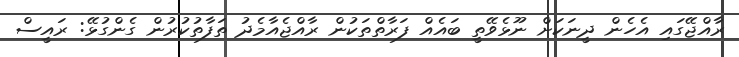
ރާއްޖޭގައި އެހެން ދީނަކަށް ނޫޅެވޭތީ ބައެއް ފަރާތްތަކުން ރާއްޖެއާމެދު ތަފާތުކުރުން ގެންގުޅޭ: ރައީސް